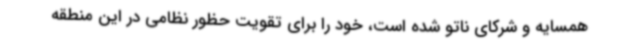
همسایه و شرکای ناتو شده است، خود را برای تقویت حظور نظامی در این منطقه